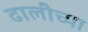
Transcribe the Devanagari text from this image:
ढालीच्या